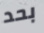
بحد